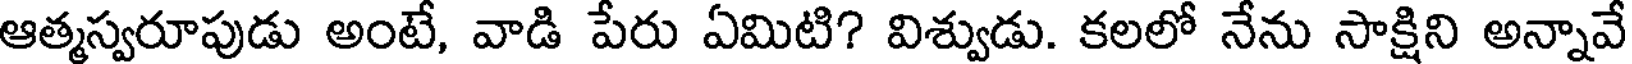
ఆత్మస్వరూపుడు అంటే, వాడి పేరు ఏమిటి? విశ్వుడు. కలలో నేను సాక్షిని అన్నావే